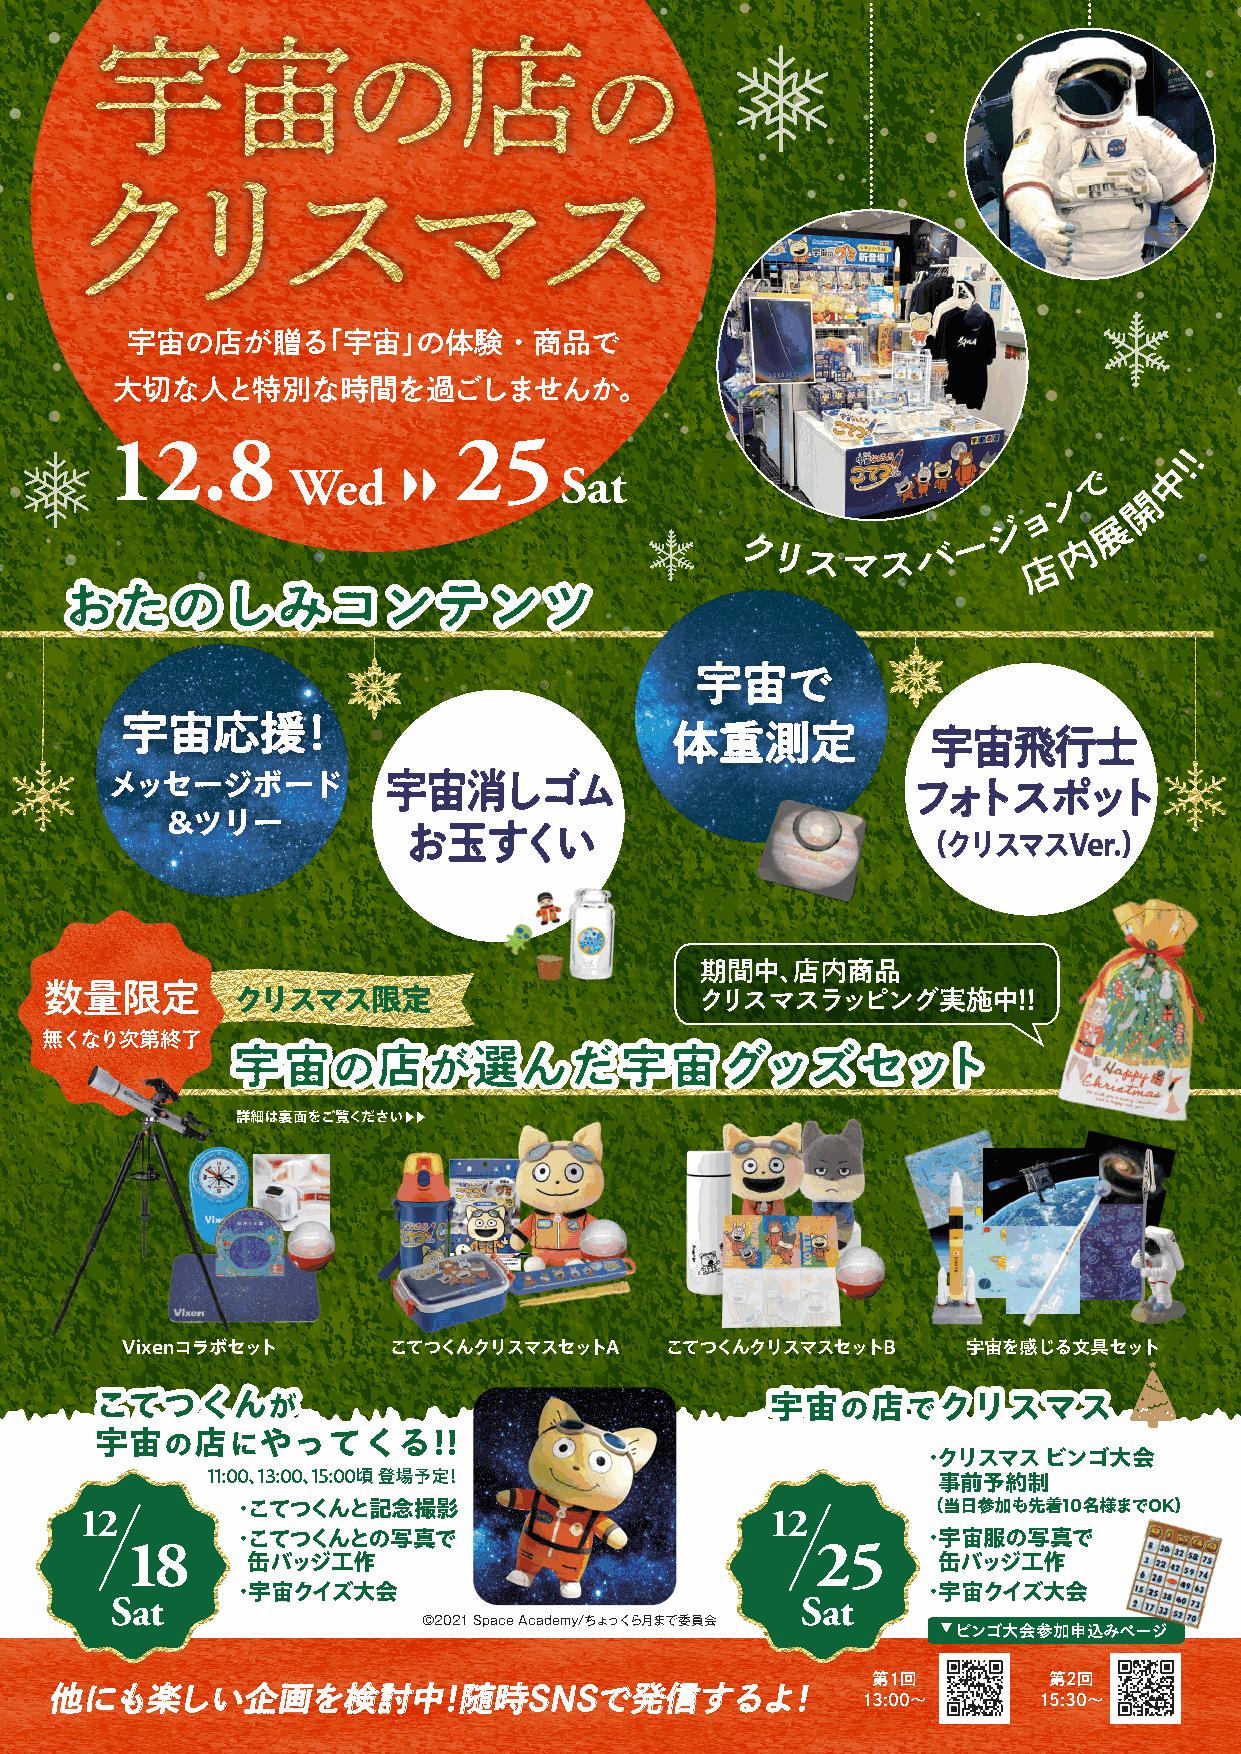
宇宙の店
 の
 宇宙の店のクリスマス
 クリスマス
 宇宙の店が贈る「宇宙」の体験・商品で
 大切な人と特別な時間を過ごしませんか。
 12.8                   25
 !
 !
 Wed               Sat                                で     中
 ン     開
 ョ
 ジ      展
 クリスマスバ         ー
 店
 内
 おおたたののししみみココンンテテンンツツ
 宇宙で
 宇宙応援！
 体重測定             宇宙飛行士
 宇宙消しゴム
 メッセージボード                                             フォトスポット
 ＆ツリー
 お玉すくい
 （クリスマスVer.）
 期間中、店内商品
 数量限定        クリスマス限定                        クリスマスラッピング実施中!!
 無くなり次第終了
 宇宇宙宙のの店店がが選選んんだだ宇宇宙宙ググッッズズセセッットト
 詳細は裏面をご覧ください▶▶
 Vixenコラボセット       こてつくんクリスマスセットA    こてつくんクリスマスセットB      宇宙を感じる文具セット
 ここててつつくくんんがが                                 宇宇宙宙のの店店ででククリリススママスス
 宇宇宙宙のの店店ににややっっててくくるる!!!!
 ・クリスマス  ビンゴ大会
 11:00、13:00、15:00頃 登場予定！
 事前予約制
 12        ・こてつくんと記念撮影                         12        （ 当日参加も先着10名様までOK）
 18     ・こてつくんとの写真で                            25     ・宇宙服の写真で
 缶バッジ工作                                        缶バッジ工作
 Sat     ・宇宙クイズ大会                              Sat     ・宇宙クイズ大会
 ©2021 Space Academy/ちょっくら月まで委員会
 ビンゴ大会参加申込みページ
 第1回        第2回
 他にも楽しい企画を検討中！随時SNSで発信するよ！
 13:00〜      15:30〜